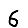
Digit: 6